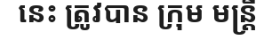
នេះ ត្រូវបាន ក្រុម មន្ត្រី